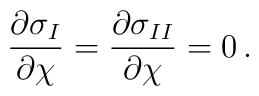
{\partial\sigma_I \over \partial\chi} ={\partial\sigma_{II} \over \partial\chi} = 0\,.